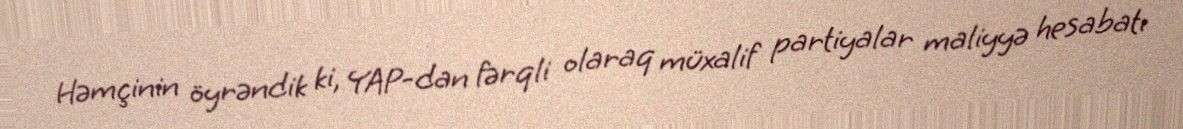
Həmçinin öyrəndik ki, YAP-dan fərqli olaraq müxalif partiyalar maliyyə hesabatı